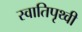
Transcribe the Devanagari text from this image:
स्वातिपृथ्वी